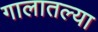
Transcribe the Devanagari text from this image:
गालातल्या